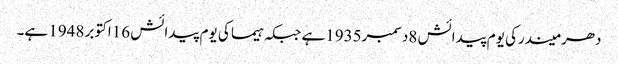
دھرمیندرکی یوم پیدائش 8دسمبر1935ہے جبکہ ہیما کی یوم پیدائش 16اکتوبر 1948 ہے۔